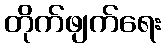
တိုက်ဖျက်ရေး